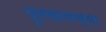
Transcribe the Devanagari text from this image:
पुरवायच्या